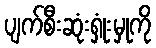
ပျက်စီးဆုံးရှုံးမှုကို